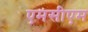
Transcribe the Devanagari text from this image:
एमसीएम